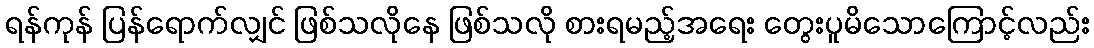
ရန်ကုန် ပြန်ရောက်လျှင် ဖြစ်သလိုနေ ဖြစ်သလို စားရမည့်အရေး တွေးပူမိသောကြောင့်လည်း